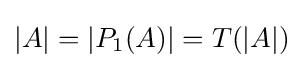
|A|=|P_{1}(A)|=T(|A|)